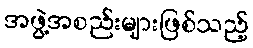
အဖွဲ့အစည်းများဖြစ်သည့်